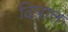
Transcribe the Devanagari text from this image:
दिपाल